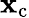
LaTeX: \mathbf{x}_{\mathrm{{c}}}